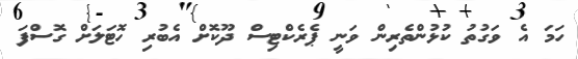
ހަމަ އެ ވަގުތު ކުޅުންތެރިން ވަނީ ޕެރެކްޓިސް ދޫކޮށް އެބުރި ހޮޓަލަށް ގޮސްފަ